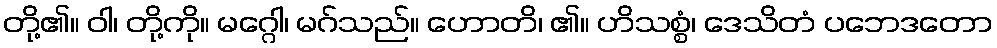
တို့၏။ ဝါ၊ တို့ကို။ မဂ္ဂေါ၊ မဂ်သည်။ ဟောတိ၊ ၏။ ဟိသစ္စံ၊ ဒေသိတံ ပဘေဒတော